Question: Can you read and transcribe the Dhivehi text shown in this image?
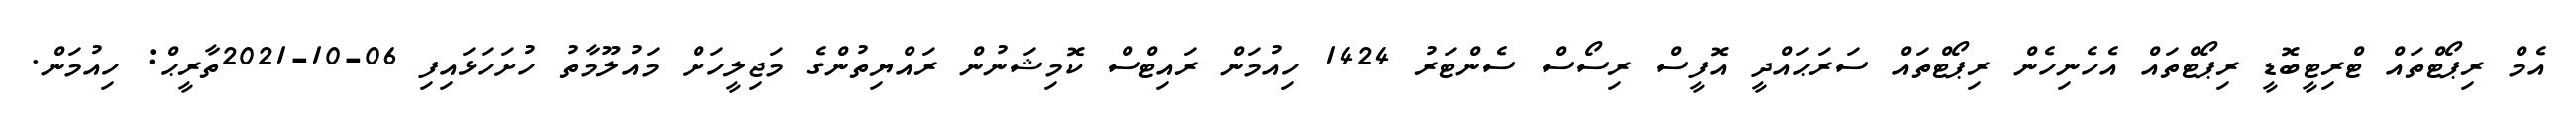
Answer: އެމް ރިޕޯޓްތައް ޓްރިޓީބޮޑީ ރިޕޯޓްތައް އެހެނިހެން ރިޕޯޓްތައް ސަރަޙައްދީ އޮފީސް ރިސޯސް ސެންޓަރު 1424 ހިއުމަން ރައިޓްސް ކޮމިޝަނުން ރައްޔިތުންގެ މަޖިލީހަށް މައުލޫމާތު ހުށަހަޅައިފި 06-10-2021ތާރީޙް: ހިއުމަން.